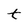
Character: t